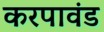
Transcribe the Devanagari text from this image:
करपावंड